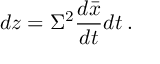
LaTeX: d z = \Sigma ^ { 2 } \frac { d \bar { x } } { d t } d t \: .